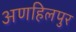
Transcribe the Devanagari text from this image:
अणहिलपुर